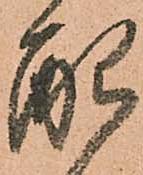
配